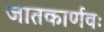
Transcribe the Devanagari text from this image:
जातकार्णवः